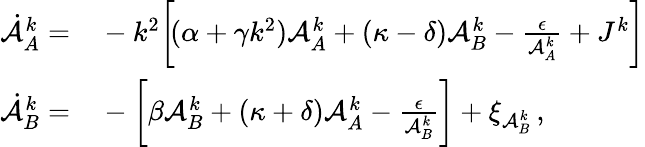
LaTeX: \begin{array}{rl}{\dot{\mathcal{A}}_{A}^{k}=}&{{}-k^{2}\bigg[\! (\alpha+\gamma k^{2})\mathcal{A}_{A}^{k}+(\kappa-\delta)\mathcal{A}_{B}^{k}-\frac{\epsilon}{\mathcal{A}_{A}^{k}}+J^{k}\bigg]}\\ {\dot{\mathcal{A}}_{B}^{k}=}&{{}-\bigg[\beta\mathcal{A}_{B}^{k}+(\kappa+\delta)\mathcal{A}_{A}^{k}-\frac{\epsilon}{\mathcal{A}_{B}^{k}}\bigg]+\xi_{\mathcal{A}_{B}^{k}}\, ,}\end{array}